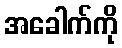
အခေါက်ကို